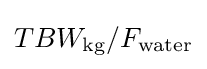
TBW_{\text{kg}}/F_{\text{water}}